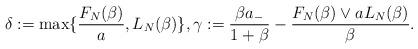
LaTeX: \begin{align*}\delta:=\max\{\frac{F_N(\beta)}{a},L_N(\beta)\}, \gamma:=\frac{\beta a_-}{1+\beta}-\frac{F_N(\beta)\vee a L_N(\beta)}{\beta}.\end{align*}